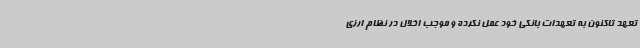
تعهد تاکنون به تعهدات بانکی خود عمل نکرده و موجب اخلال در نظام ارزی